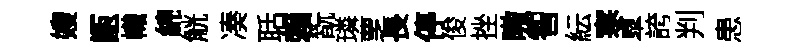
嫂甑幟綿觥凑聒賴翫璘覂長停俊挫嗷智紜寒臯誇判患